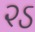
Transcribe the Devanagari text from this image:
२ऽ